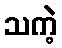
သကဲ့